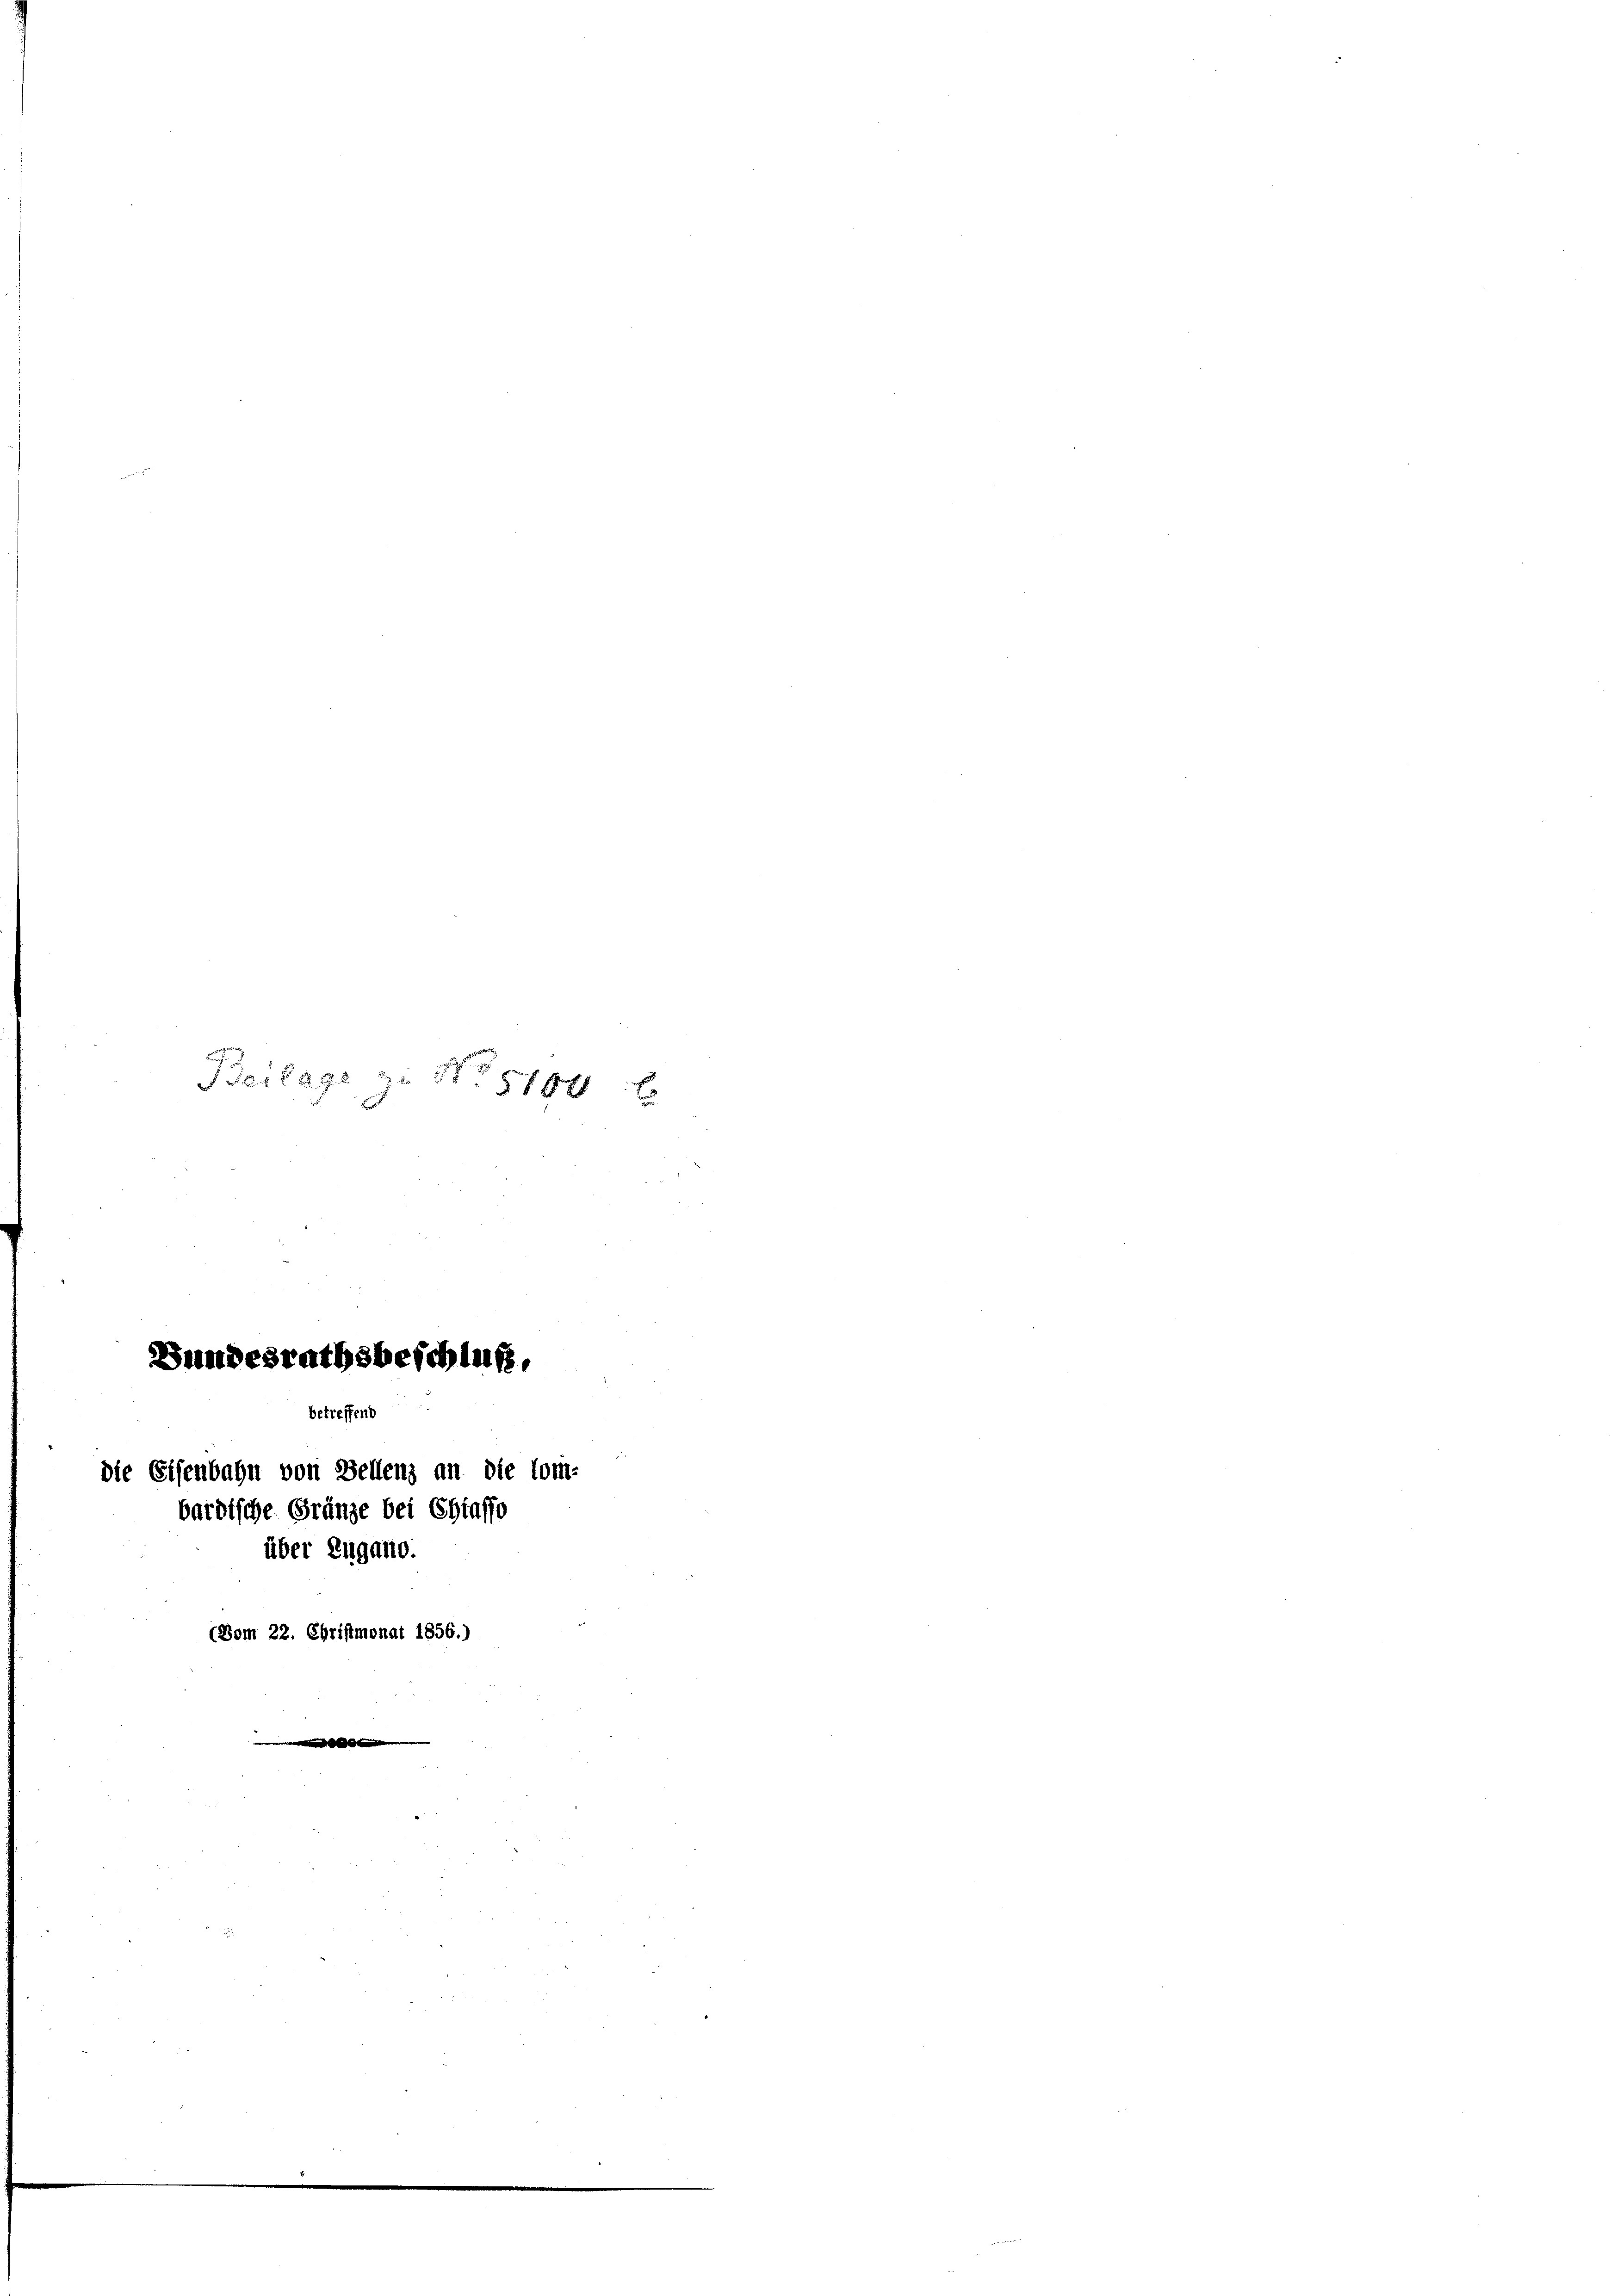
Bertags zu No 5700 f

Bundesrathsbeschluß,
betreffend
bardische Gränze bei Chiasso
über Zugano.
(Vom 22. Christmonat 1856.)

die Eisenbahn von Bellenz an die Com-